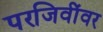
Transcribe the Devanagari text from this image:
परजिवींवर